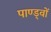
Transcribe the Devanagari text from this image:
पाण्ड्वों